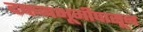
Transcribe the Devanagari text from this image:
दफनभूमीपासून